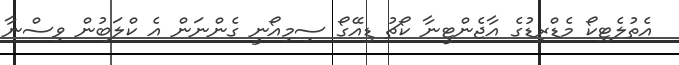
އެތުލެޓިކޯ މެޑްރިޑުގެ އާޖެންޓީނާ ކޯޗު ޑިއޭގޯ ސިމިއޯނީ ގެންނަން އެ ކްލަބުން ވިސްނާ